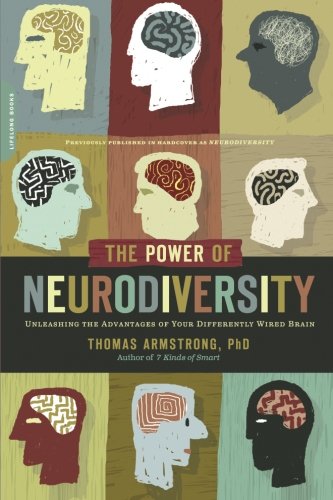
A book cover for The Power of Neurodiversity: Unleashing the Advantages of Your Differently Wired Brain (published in hardcover as Neurodiversity); Ph.D. Thomas Armstrong PhD; Medical Books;